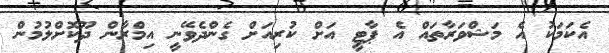
އެކަމަކު އެ މަޝްވަރާތައް އެ ޕާޓީ އަށް ކުރިއަަށް ގެންދެވޭނީ އިމްރާން ދޫކޮށްލުމުން